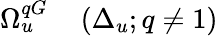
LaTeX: \begin{array}{rl}{\Omega_{u}^{qG}}&{{}\left(\Delta_{u};q\ne 1\right)}\end{array}